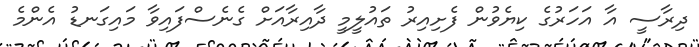
ދިރާސީ އާ އަހަރުގެ ކިޔެވުން ފެށިއިރު ތައުލީމީ ދާއިރާއަށް ގެނެސްފައިވާ މައިގަނޑު އެންމެ